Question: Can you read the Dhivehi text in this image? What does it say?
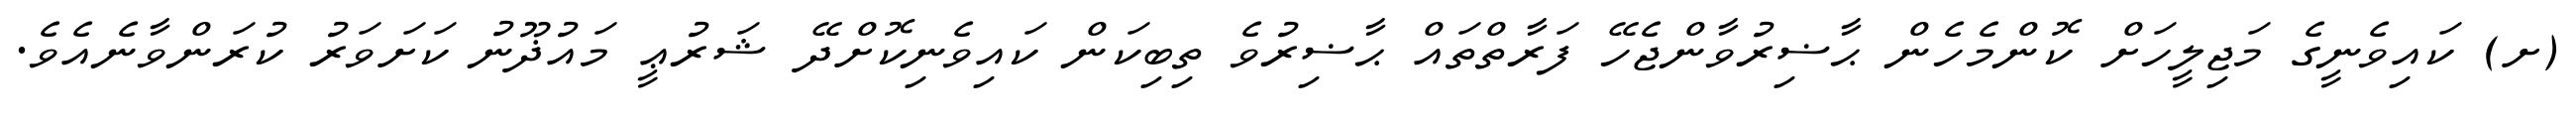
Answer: (ށ) ކައިވެނީގެ މަޖިލީހަށް ކޮންމެހެން ޙާޟިރުވާންޖެހޭ ފަރާތްތައް ޙާޟިރުވެ ތިބިކަން ކައިވެނިކޮށްދޭ ޝަރުޢީ މައުޛޫނު ކަށަވަރު ކުރަންވާނެއެވެ.